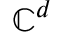
\mathbb { C } ^ { d }